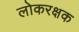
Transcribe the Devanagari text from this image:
लोकरक्षक